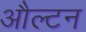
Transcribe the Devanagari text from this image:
औल्टन